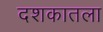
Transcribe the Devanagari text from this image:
दशकातला